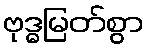
ဗုဒ္ဓမြတ်စွာ